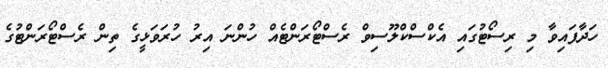
ހަދާފައިވާ މި ރިސޯޓުގައި އެކްސްކްލޫސިވް ރެސްޓޯރަންޓެއް ހުންނަ އިރު ހުރަވަޅީގެ ތިން ރެސްޓޯރަންޓުގެ